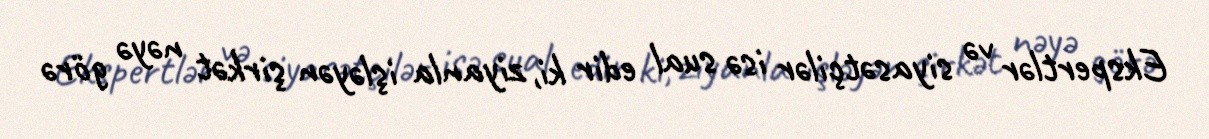
Ekspertlər və siyasətçilər isə sual edir ki, ziyanla işləyən şirkət nəyə görə